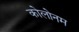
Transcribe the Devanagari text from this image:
कोलोनम